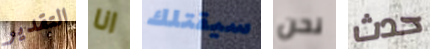
التقدير انا سيقتلك نحن حدث